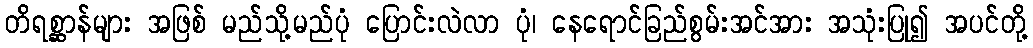
တိရစ္ဆာန်များ အဖြစ် မည်သို့မည်ပုံ ပြောင်းလဲလာ ပုံ၊ နေရောင်ခြည်စွမ်းအင်အား အသုံးပြု၍ အပင်တို့